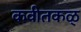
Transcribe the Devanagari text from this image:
कवीतकळ्